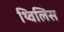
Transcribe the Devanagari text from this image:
थ्‍विलिस